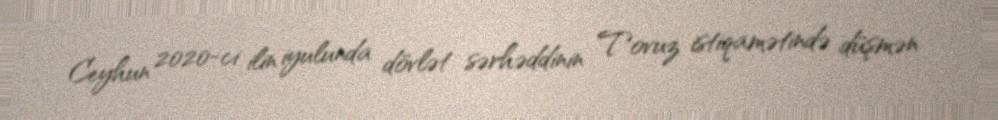
Ceyhun 2020-ci ilin iyulunda dövlət sərhəddinin Tovuz istiqamətində düşmən